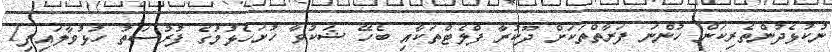
ނުކުޅެދުންތެރިކަން ހުންނަ ފަރާތްތަކަށް ދޫކުރާ ފްލެޓްތަކާއި ބެހޭ ޝަކުވާ ހުށަހެޅުމުގެ ފުރުސަތު ހުޅުވާލައިފި1